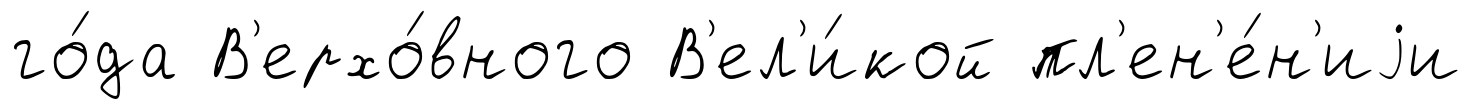
го́да В'ерхо́вного В'ел'и́кой пл'ен'е́н'иjи